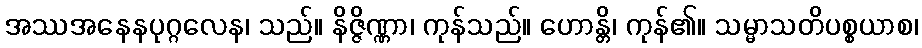
အဿအနေနပုဂ္ဂလေန၊ သည်။ နိဇ္ဇိဏ္ဏာ၊ ကုန်သည်။ ဟောန္တိ၊ ကုန်၏။ သမ္မာသတိပစ္စယာစ၊